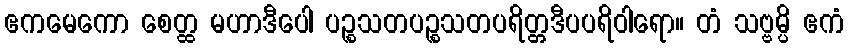
ဧကမေကော စေတ္ထ မဟာဒီပေါ ပဉ္စသတပဉ္စသတပရိတ္တဒီပပရိဝါရော။ တံ သဗ္ဗမ္ပိ ဧကံ